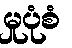
မှုပုံစံ